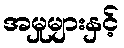
အမှုများနှင့်